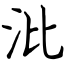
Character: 沘